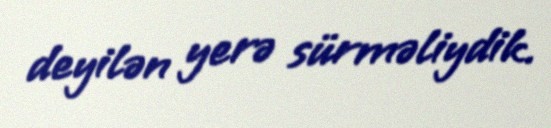
deyilən yerə sürməliydik.